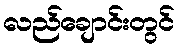
လည်ချောင်းတွင်